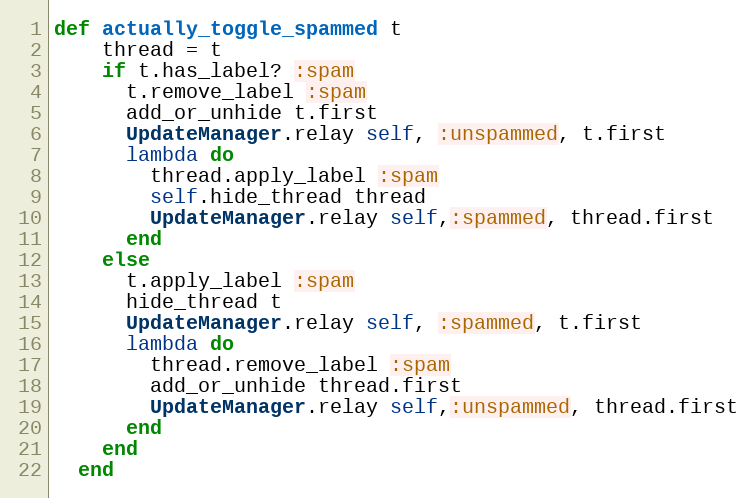
Language: Ruby
def actually_toggle_spammed t
    thread = t
    if t.has_label? :spam
      t.remove_label :spam
      add_or_unhide t.first
      UpdateManager.relay self, :unspammed, t.first
      lambda do
        thread.apply_label :spam
        self.hide_thread thread
        UpdateManager.relay self,:spammed, thread.first
      end
    else
      t.apply_label :spam
      hide_thread t
      UpdateManager.relay self, :spammed, t.first
      lambda do
        thread.remove_label :spam
        add_or_unhide thread.first
        UpdateManager.relay self,:unspammed, thread.first
      end
    end
  end